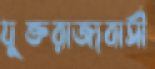
যুক্তরাজ্যবাসী